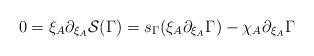
LaTeX: \begin{align*} 0 = \xi_A \partial_{\xi_A} {\cal S} (\Gamma ) = s_{\Gamma} (\xi_A \partial_{\xi_A} \Gamma ) - \chi_A \partial_{\xi_A} \Gamma\end{align*}